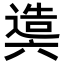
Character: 𨖰